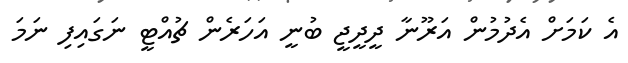
އެ ކަމަށް އެދުމުން އަރޫނާ ދީދީޖީ ބުނީ އަހަރެން ޗުއްޓީ ނަގައިފި ނަމަ